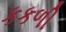
કકળી